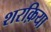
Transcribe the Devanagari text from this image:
शरक़िया